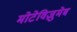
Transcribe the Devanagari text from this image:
मोटेविज़ुमेब